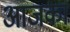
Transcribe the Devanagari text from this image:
आजका